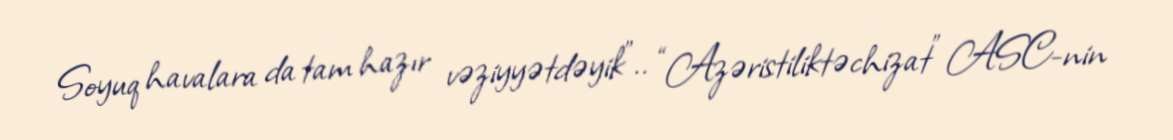
Soyuq havalara da tam hazır vəziyyətdəyik”.. “Azəristiliktəchizat” ASC-nin